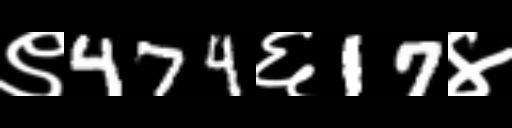
Text: ९474६17४